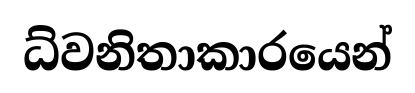
ධ්වනිතාකාරයෙන්